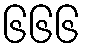
၆၆၆